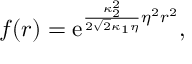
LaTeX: f ( r ) = \mathrm { e } ^ { \frac { \kappa _ { 2 } ^ { 2 } } { 2 \sqrt { 2 } \kappa _ { 1 } \eta } \eta ^ { 2 } r ^ { 2 } } ,